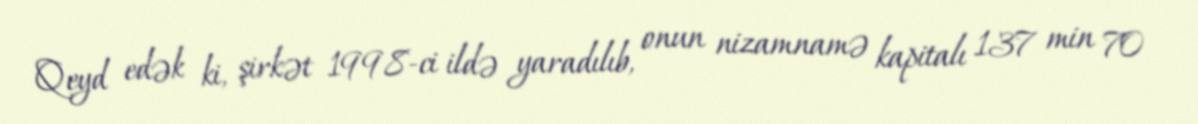
Qeyd edək ki, şirkət 1998-ci ildə yaradılıb, onun nizamnamə kapitalı 137 min 70